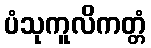
ပံသုကူလိကတ္တံ